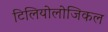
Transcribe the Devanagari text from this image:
टिलियोलोजिकल